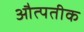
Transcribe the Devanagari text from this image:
औत्पतीक